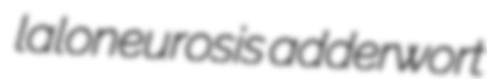
laloneurosis adderwort